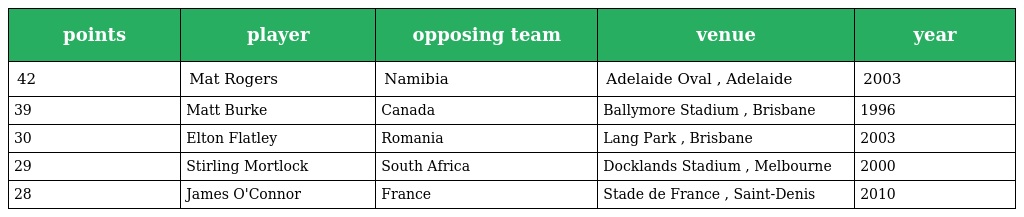
| points | player | opposing team | venue | year |
 | --- | --- | --- | --- | --- |
 | 42 | Mat Rogers | Namibia | Adelaide Oval , Adelaide | 2003 |
 | 39 | Matt Burke | Canada | Ballymore Stadium , Brisbane | 1996 |
 | 30 | Elton Flatley | Romania | Lang Park , Brisbane | 2003 |
 | 29 | Stirling Mortlock | South Africa | Docklands Stadium , Melbourne | 2000 |
 | 28 | James O'Connor | France | Stade de France , Saint-Denis | 2010 |